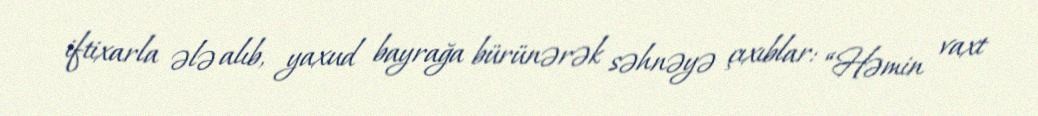
iftixarla ələ alıb, yaxud bayrağa bürünərək səhnəyə çıxıblar: “Həmin vaxt